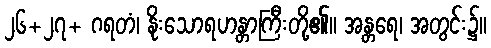
၂၆+၂၇+ ဂရတံ၊ နိုးသောရဟန္တာကြီးတို့၏။ အန္တရေ၊ အတွင်း၌။